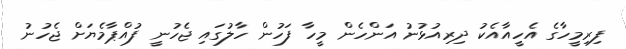
ފިރިމީހާގެ އެހީއާއެކު ދިރިއުޅުނު އަންހެން މީހާ ފަހުން ހާލުގައި ޖެހުނީ ފުއްޕާމެޔަށް ޖެހުނު